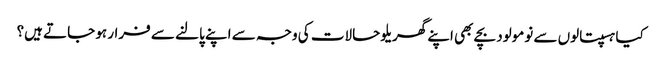
کیا ہسپتالوں سے نومولود بچے بھی اپنے گھریلو حالات کی وجہ سے اپنے پالنے سے فرار ہو جاتے ہیں؟